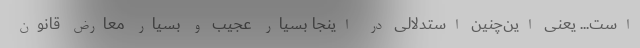
است... یعنی این‌چنین استدلالی در اینجا بسیار عجیب و بسیار معارض قانون